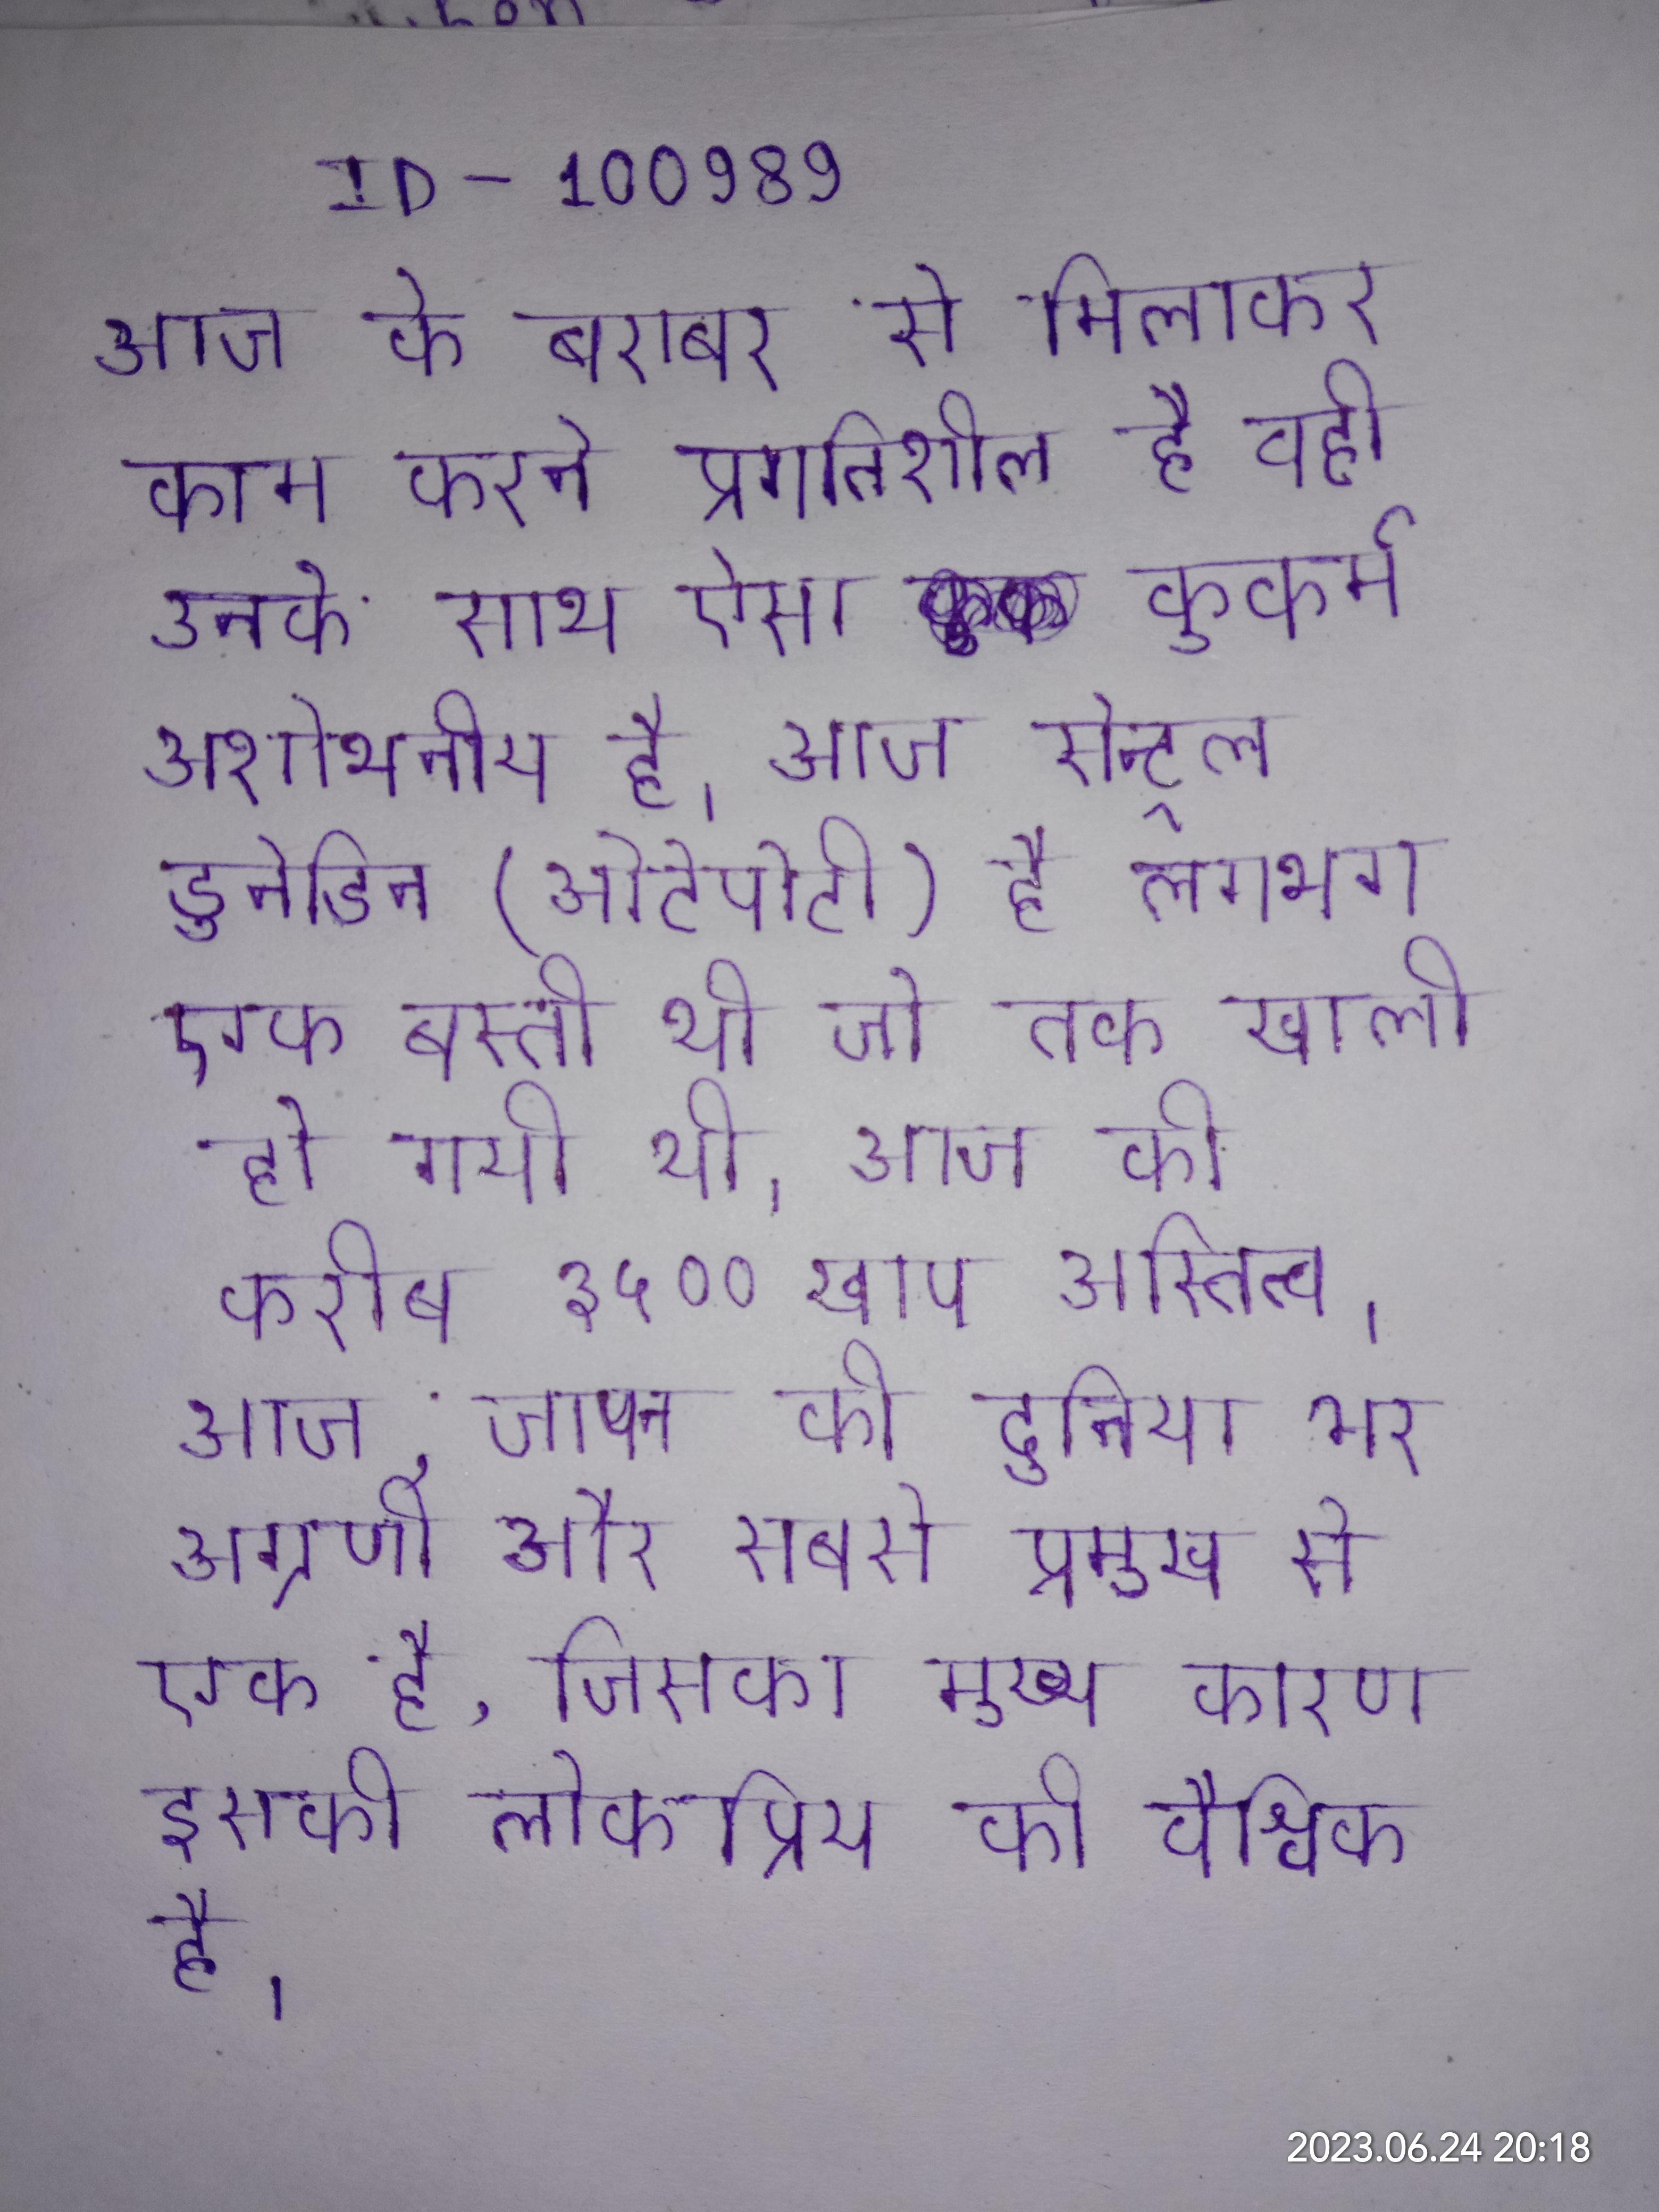
आज के बराबर से मिलाकर काम करने प्रगतिशील है वही उनके साथ ऐसा कुकर्म अशोभनीय है । आज सेन्ट्रल डुनेडिन (ओटेपोटी) है लगभग एक बस्ती थी जो तक खाली हो गयी थी । आज की करीब ३५०० खाप अस्तित्व । आज, जापान की दुनिया भर अग्रणी और सबसे प्रमुख से एक है, जिसका मुख्य कारण इसकी लोकप्रिय की वैश्विक है ।